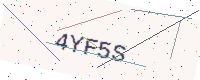
Text: 4YF5S